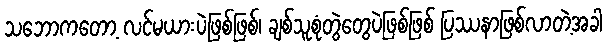
သဘောကတော့ လင်မယားပဲဖြစ်ဖြစ်၊ ချစ်သူစုံတွဲတွေပဲဖြစ်ဖြစ် ပြဿနာဖြစ်လာတဲ့အခါ